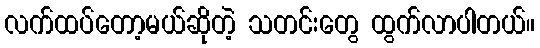
လက်ထပ်တော့မယ်ဆိုတဲ့ သတင်းတွေ ထွက်လာပါတယ်။